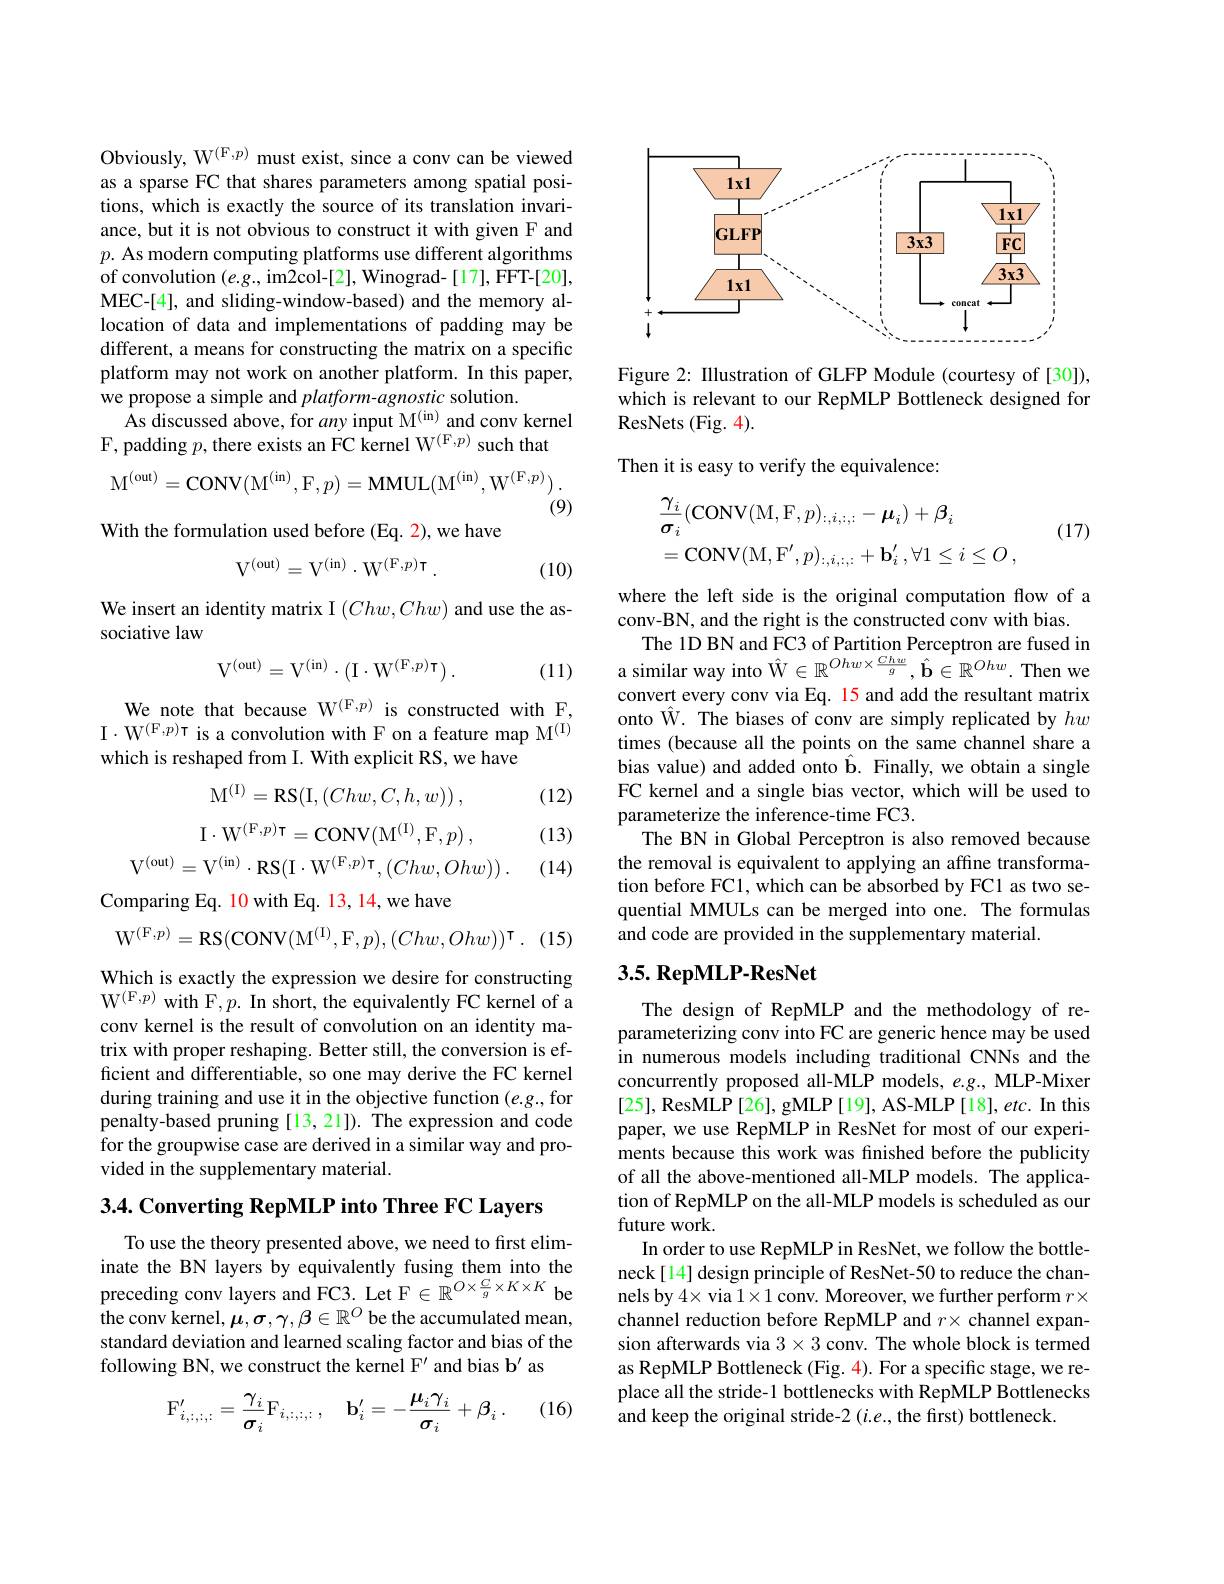
Obviously, W$^{(\mathrm{F},p)}$ must exist, since a conv can be viewed as a sparse FC that shares parameters among spatial positions, which is exactly the source of its translation invariance, but it is not obvious to construct it with given F and $p.$ As modern computing platforms use different algorithms of convolution $(e.g.$,im2col-[2], Winograd-[17], FFT-[20], MEC-[4], and sliding-window-based) and the memory allocation of data and implementations of padding may be different, a means for constructing the matrix on a specific platform may not work on another platform. In this paper, we propose a simple and $platform-agnostic$ solution.
$\hat{\text{As discussed above, for }any\text{ input M}^{(\mathrm{in})}}$and conv kernel
F, padding $p$, there exists an FC kernel W$^{(\mathrm{F},p)}$ such that
$$\mathrm{M}^{(\mathrm{out})}=\mathrm{CONV}(\mathrm{M}^{(\mathrm{in})},\mathrm{F},p)=\mathrm{MMUL}(\mathrm{M}^{(\mathrm{in})},\mathrm{W}^{(\mathrm{F},p)})\:.$$
(9)
With the formulation used before (Eq. 2), we have
$$\mathrm{V}^{(\mathrm{out})}=\mathrm{V}^{(\mathrm{in})}\cdot\mathrm{W}^{(\mathrm{F},p)}\mathrm{T}\:.$$
(10)

We insert an identity matrix I $(Chw,Chw)$ and use the as-
sociative law

(11)
$$\mathrm V^{(\mathrm out)}=\mathrm V^{(\mathrm i\mathrm n)}\cdot(\mathrm I\cdot\mathrm W^{(\mathrm F,p)\mathrm T})\:.$$
We note that because W$^{(\mathrm{F},p)}$ is constructed with F, I$\cdot\mathrm{W}^{(\mathrm{F},p)\text{T is a convolution with F on a feature map M}^{(\mathrm{I})}}$ which is reshaped from I. With explicit RS, we have

(12)
$$\mathrm M^{(\mathrm I)}=\mathrm R\mathrm S(\mathrm I,(Chw,C,h,w))\:,$$
$$\mathrm I\cdot\mathrm W^{(\mathrm F,p)\mathrm T}=\mathrm C\mathrm O\mathrm N\mathrm V(\mathrm M^{(\mathrm I)},\mathrm F,p)\:,$$
$$\mathrm{V}^{(\mathrm{out})}=\mathrm{V}^{(\mathrm{in})}\cdot\mathrm{RS}(\mathrm{I}\cdot\mathrm{W}^{(\mathrm{F},p)}\mathrm{T},(Chw,Ohw))\:.$$
(13)

(14)

Comparing Eq. 10 with Eq. 13, 14, we have
$$\mathrm W^{(\mathrm F,p)}=\mathrm R\mathrm S(\mathrm C\mathrm O\mathrm N\mathrm V(\mathrm M^{(\mathrm I)},\mathrm F,p),(Chw,Ohw))^\intercal.$$
(15)

Which is exactly the expression we desire for constructing $W^{( F, p) }$ with F, p. In short, the equivalently FC kernel of a conv kernel is the result of convolution on an identity matrix with proper reshaping. Better still, the conversion is efficient and differentiable, so one may derive the FC kernel during training and use it in the objective function (e.g., for penalty-based pruning [13,21]). The expression and code for the groupwise case are derived in a similar way and provided in the supplementary material.

3.4. Converting RepMLP into Three FC Layers

To use the theory presented above, we need to first eliminate the BN layers by equivalently fusing them into the preceding conv layers and FC3. Let F$\in\mathbb{R}^{O\times\frac{C}{g}\times K\times K}$ be the conv kernel, $\mu,\sigma,\gamma,\beta\in\mathbb{R}^O$ be the accumulated mean, standard deviation and learned scaling factor and bias of the following BN, we construct the kernel F' and bias b' as

(16)
$$\mathrm{F}_{i,:,:,:}^{\prime}=\frac{\gamma_{i}}{\sigma_{i}}\mathrm{F}_{i,:,:,:}\:,\quad\mathrm{b}_{i}^{\prime}=-\frac{\mu_{i}\gamma_{i}}{\sigma_{i}}+\beta_{i}\:.$$
<FigureHere>

Figure 2: Illustration of GLFP Module (courtesy of[30]), which is relevant to our RepMLP Bottleneck designed for ResNets (Fig. 4).

Then it is easy to verify the equivalence:
$$\begin{aligned}&\frac{\gamma_{i}}{\sigma_{i}}(\mathrm{CONV}(\mathrm{M},\mathrm{F},p)_{:,i,:,:}-\boldsymbol{\mu}_{i})+\boldsymbol{\beta}_{i}\\&=\mathrm{CONV}(\mathrm{M},\mathrm{F}^{\prime},p)_{:,i,:,:}+\mathbf{b}_{i}^{\prime},\forall1\leq i\leq O\:,\end{aligned}$$
(17)

where the left side is the original computation flow of a
conv-BN, and the right is the constructed conv with bias.
The 1D BN and FC3 of Partition Perceptron are fused in a similar way into $\hat{\mathcal{W}}\in\mathbb{R}^{Ohw\times\frac{Chw}g},\hat{\mathbf{b}}\in\mathbb{R}^{Ohw}.$ Then we convert every conv via Eq. 15 and add the resultant matrix onto $\hat{\mathrm{W.~The~biases~of~conv~are~simply~replicated~by~}}hw$ times (because all the points on the same channel share a bias value) and added onto $\hat{\mathbf{b}}.$ Finally, we obtain a single FC kernel and a single bias vector, which will be used to parameterize the inference-time FC3.
The BN in Global Perceptron is also removed because the removal is equivalent to applying an affine transformation before FC1, which can be absorbed by FC1 as two sequential MMULs can be merged into one. The formulas and code are provided in the supplementary material.

## 3.5. RepMLP-ResNet

The design of RepMLP and the methodology of reparameterizing conv into FC are generic hence may be used in numerous models including traditional CNNs and the concurrently proposed all-MLP models, $e.g.$, MLP-Mixer [25], ResMLP[26], gMLP[19], AS-MLP[18], etc. In this paper, we use RepMLP in ResNet for most of our experiments because this work was finished before the publicity of all the above-mentioned all-MLP models. The application of RepMLP on the all-MLP models is scheduled as our future work
In order to use RepMLP in ResNet, we follow the bottleneck[14] design principle of ResNet-50 to reduce the channels by $4\times$ via $1\times1$ conv. Moreover, we further perform $r\times$ channel reduction before RepMLP and $r\times$ channel expansion afterwards via $3\times3$ conv. The whole block is termed as RepMLP Bottleneck (Fig. 4). For a specific stage, we replace all the stride-1 bottlenecks with RepMLP Bottlenecks and keep the original stride-2 (i.e., the first) bottleneck